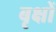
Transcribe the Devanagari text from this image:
बृक्षों